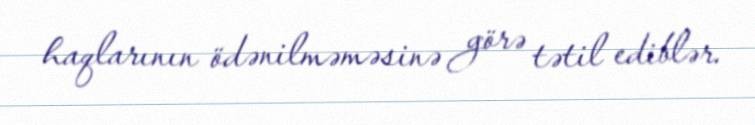
haqlarının ödənilməməsinə görə tətil ediblər.